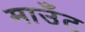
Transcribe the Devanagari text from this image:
माउँट